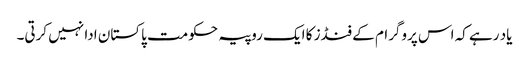
یاد رہے کہ اس پروگرام کے فنڈز کا ایک روپیہ حکومت پاکستان ادا نہیں کرتی۔